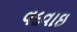
વદવાઇ